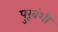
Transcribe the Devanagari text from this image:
पुरूवंशी